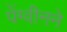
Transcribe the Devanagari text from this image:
पेंग्वीनने